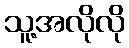
သူ့အလိုလို